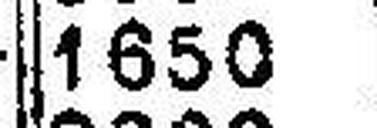
1650